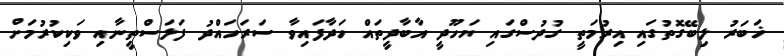
ޚަބަރު ލިބޭގޮތުގައި އިރުމަތީ ގުދުސްގައި ޔަހޫދީ އާބާދީތައް ހަދާފައިވާ ސަރަހައްދު ފަލަސްތީނާއި ވަކިކުރުމަށް